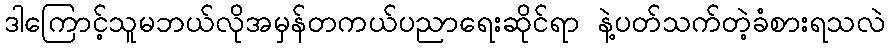
ဒါကြောင့်သူမဘယ်လိုအမှန်တကယ်ပညာရေးဆိုင်ရာ နဲ့ပတ်သက်တဲ့ခံစားရသလဲ